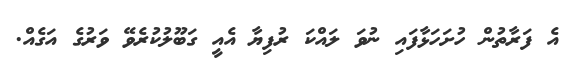
އެ ފަރާތުން ހުށަހަޅާފައި ނުވަ ލައްކަ ރުފިޔާ އެއީ ގަބޫލުކުރެވޭ ވަރުގެ އަގެއް.